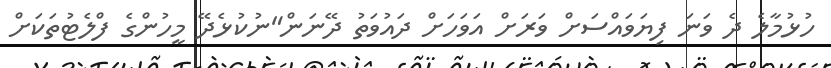
ހުޅުމާލެ ދެ ވަނަ ފިޔަވައްސަށް ވަރަށް އަވަަހަށް ދައުވަތު ދޭނަން"ނުކުޅެދޭ މީހުންގެ ފްލެޓުތަކަށް